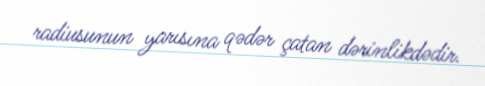
radiusunun yarısına qədər çatan dərinlikdədir.